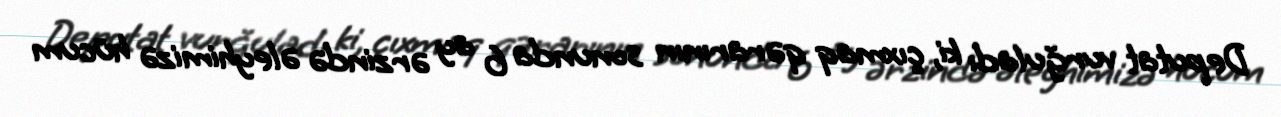
Deputat vurğuladı ki, çıxmaq qərarının sonunda 6 ay ərzində əleyhimizə hücum